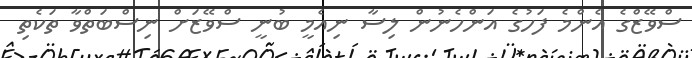
ސްވޭޒްގެ އެންމެ ފަހުގެ އަންހެނުން ލިސާ ނިއެމީ ބުނީ ސްވޭޒަށް ނިސްބަތްވާ ތަކެތި